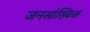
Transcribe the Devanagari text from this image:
जनसांख्यिक